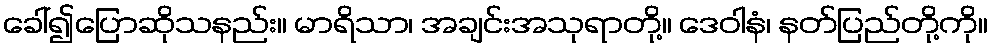
ခေါ်၍ပြောဆိုသနည်း။ မာရိသာ၊ အချင်းအသုရာတို့။ ဒေဝါနံ၊ နတ်ပြည်တို့ကို။